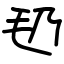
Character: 㲌